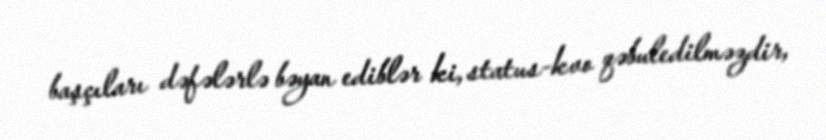
başçıları dəfələrlə bəyan ediblər ki, status-kvo qəbuledilməzdir,